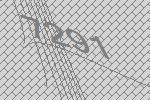
7291